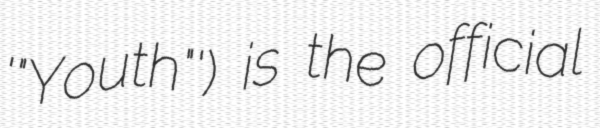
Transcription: '"Youth"') is the official